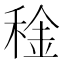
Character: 𥟨